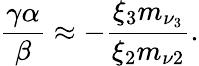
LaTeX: \frac{\gamma\alpha}{\beta}\approx-\frac{\xi_{3}m_{\nu_{3}}}{\xi_{2}m_{\nu 2}}.